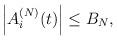
LaTeX: \begin{align*} \left|A_i^{(N)}(t)\right| \leq B_N, \end{align*}